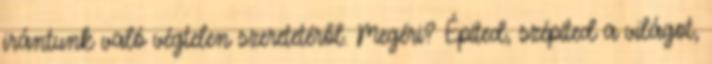
irántunk való végtelen szeretetéről. Megéri? Építed, szépíted a világot,